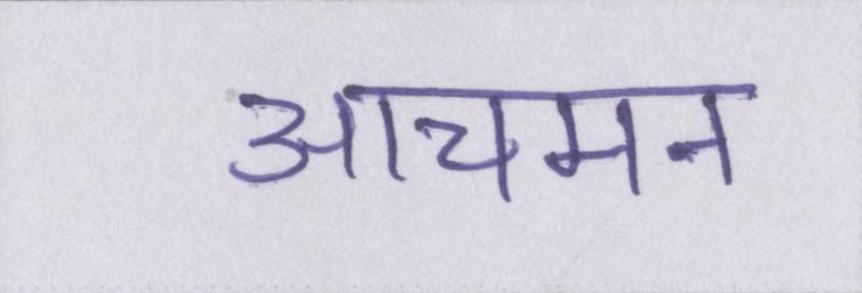
आचमन